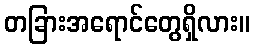
တခြားအရောင်တွေရှိလား။